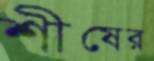
শীষের